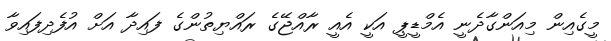
މީގެއިން މިއަންގާދެނީ އެމްޑީޕީ އަކީ އެއީ ރާއްޖޭގެ ރައްޔިތުންގެ ފައިދާ އަށް އުފެދިފައިވާ